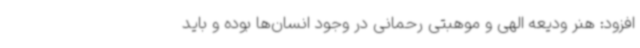
افزود: هنر ودیعه الهی و موهبتی رحمانی در وجود انسان‌ها بوده و باید